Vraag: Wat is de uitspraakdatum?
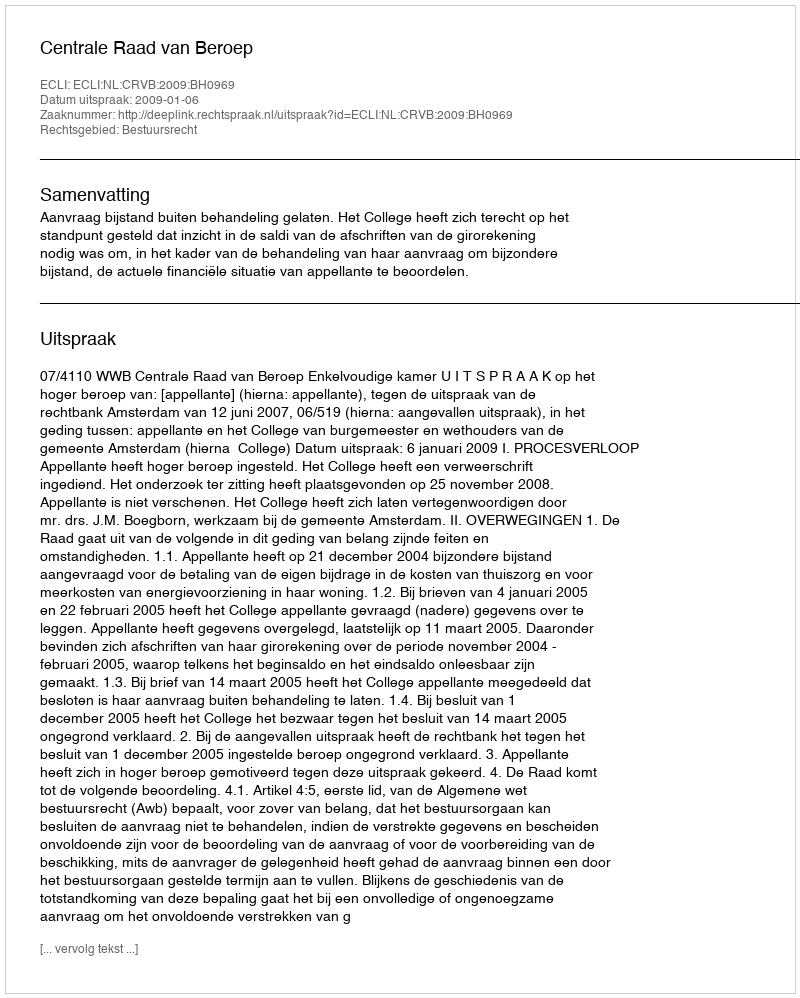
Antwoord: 2009-01-06